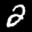
Label: 2